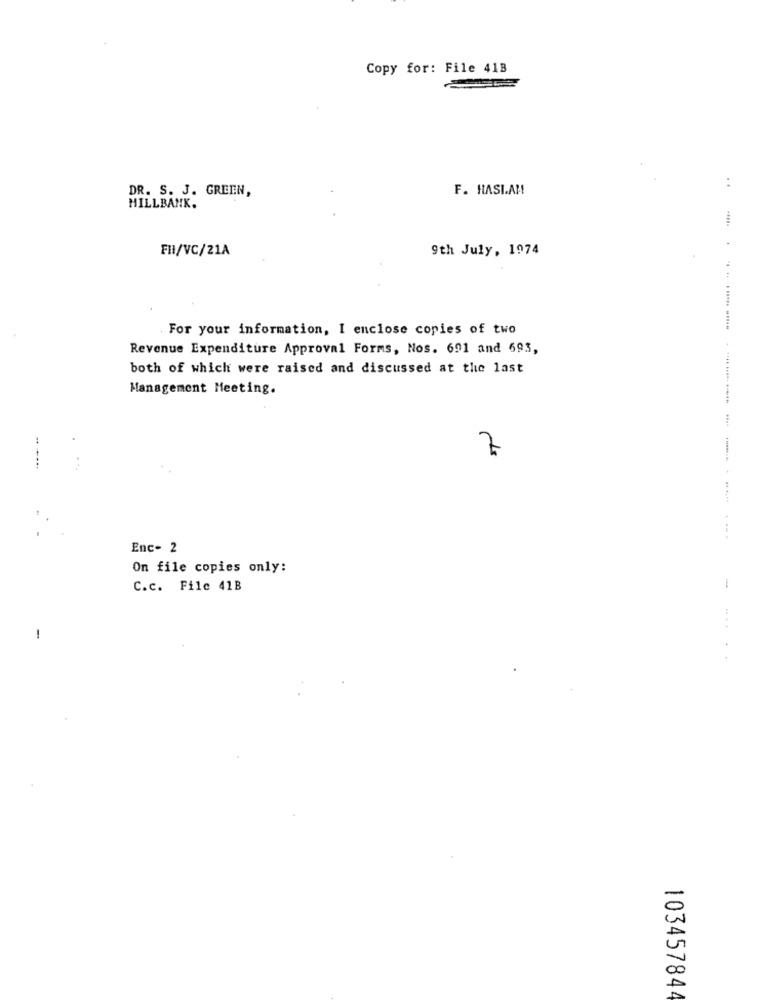
Copy for: File 413
DR. S. J. GREEN,
F. HASI.AM
HILLBANK.
FHI/VC/21A
9th July, 1974
For your information, I enclose copies of two
Revenue Expenditure Approval Forms, Nos. 691 and 693,
both of which were raised and discussed at the last
Management Meeting.
7
-----
..- .----- ------- - ---- ---
Enc- 2
On file copies only:
C.c. File 41B
1
1
103457844